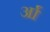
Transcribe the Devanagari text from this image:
र्आ